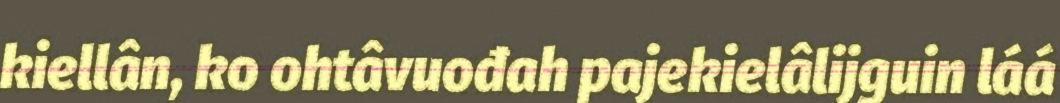
kiellân, ko ohtâvuođah pajekielâlijguin láá